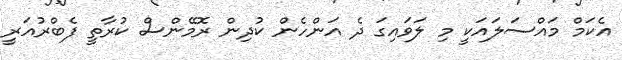
އެކަމް މައްސަލައަކީ މި ލަވައިގަ ދެ އަންހެން ކުދިން ރޮމޭންސް ކުރާތީ ފެބްރުއަރީ